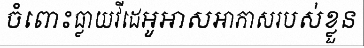
ចំពោះធ្លាយវីដេអូអាសអាភាសរបស់ខ្លួន